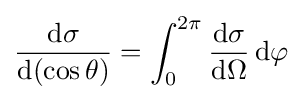
{\frac {\mathrm {d} \sigma }{\mathrm {d} (\cos \theta )}}=\int _{0}^{2\pi }{\frac {\mathrm {d} \sigma }{\mathrm {d} \Omega }}\,\mathrm {d} \varphi